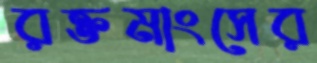
রক্তমাংসের